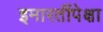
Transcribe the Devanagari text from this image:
इमारतींपेक्षा